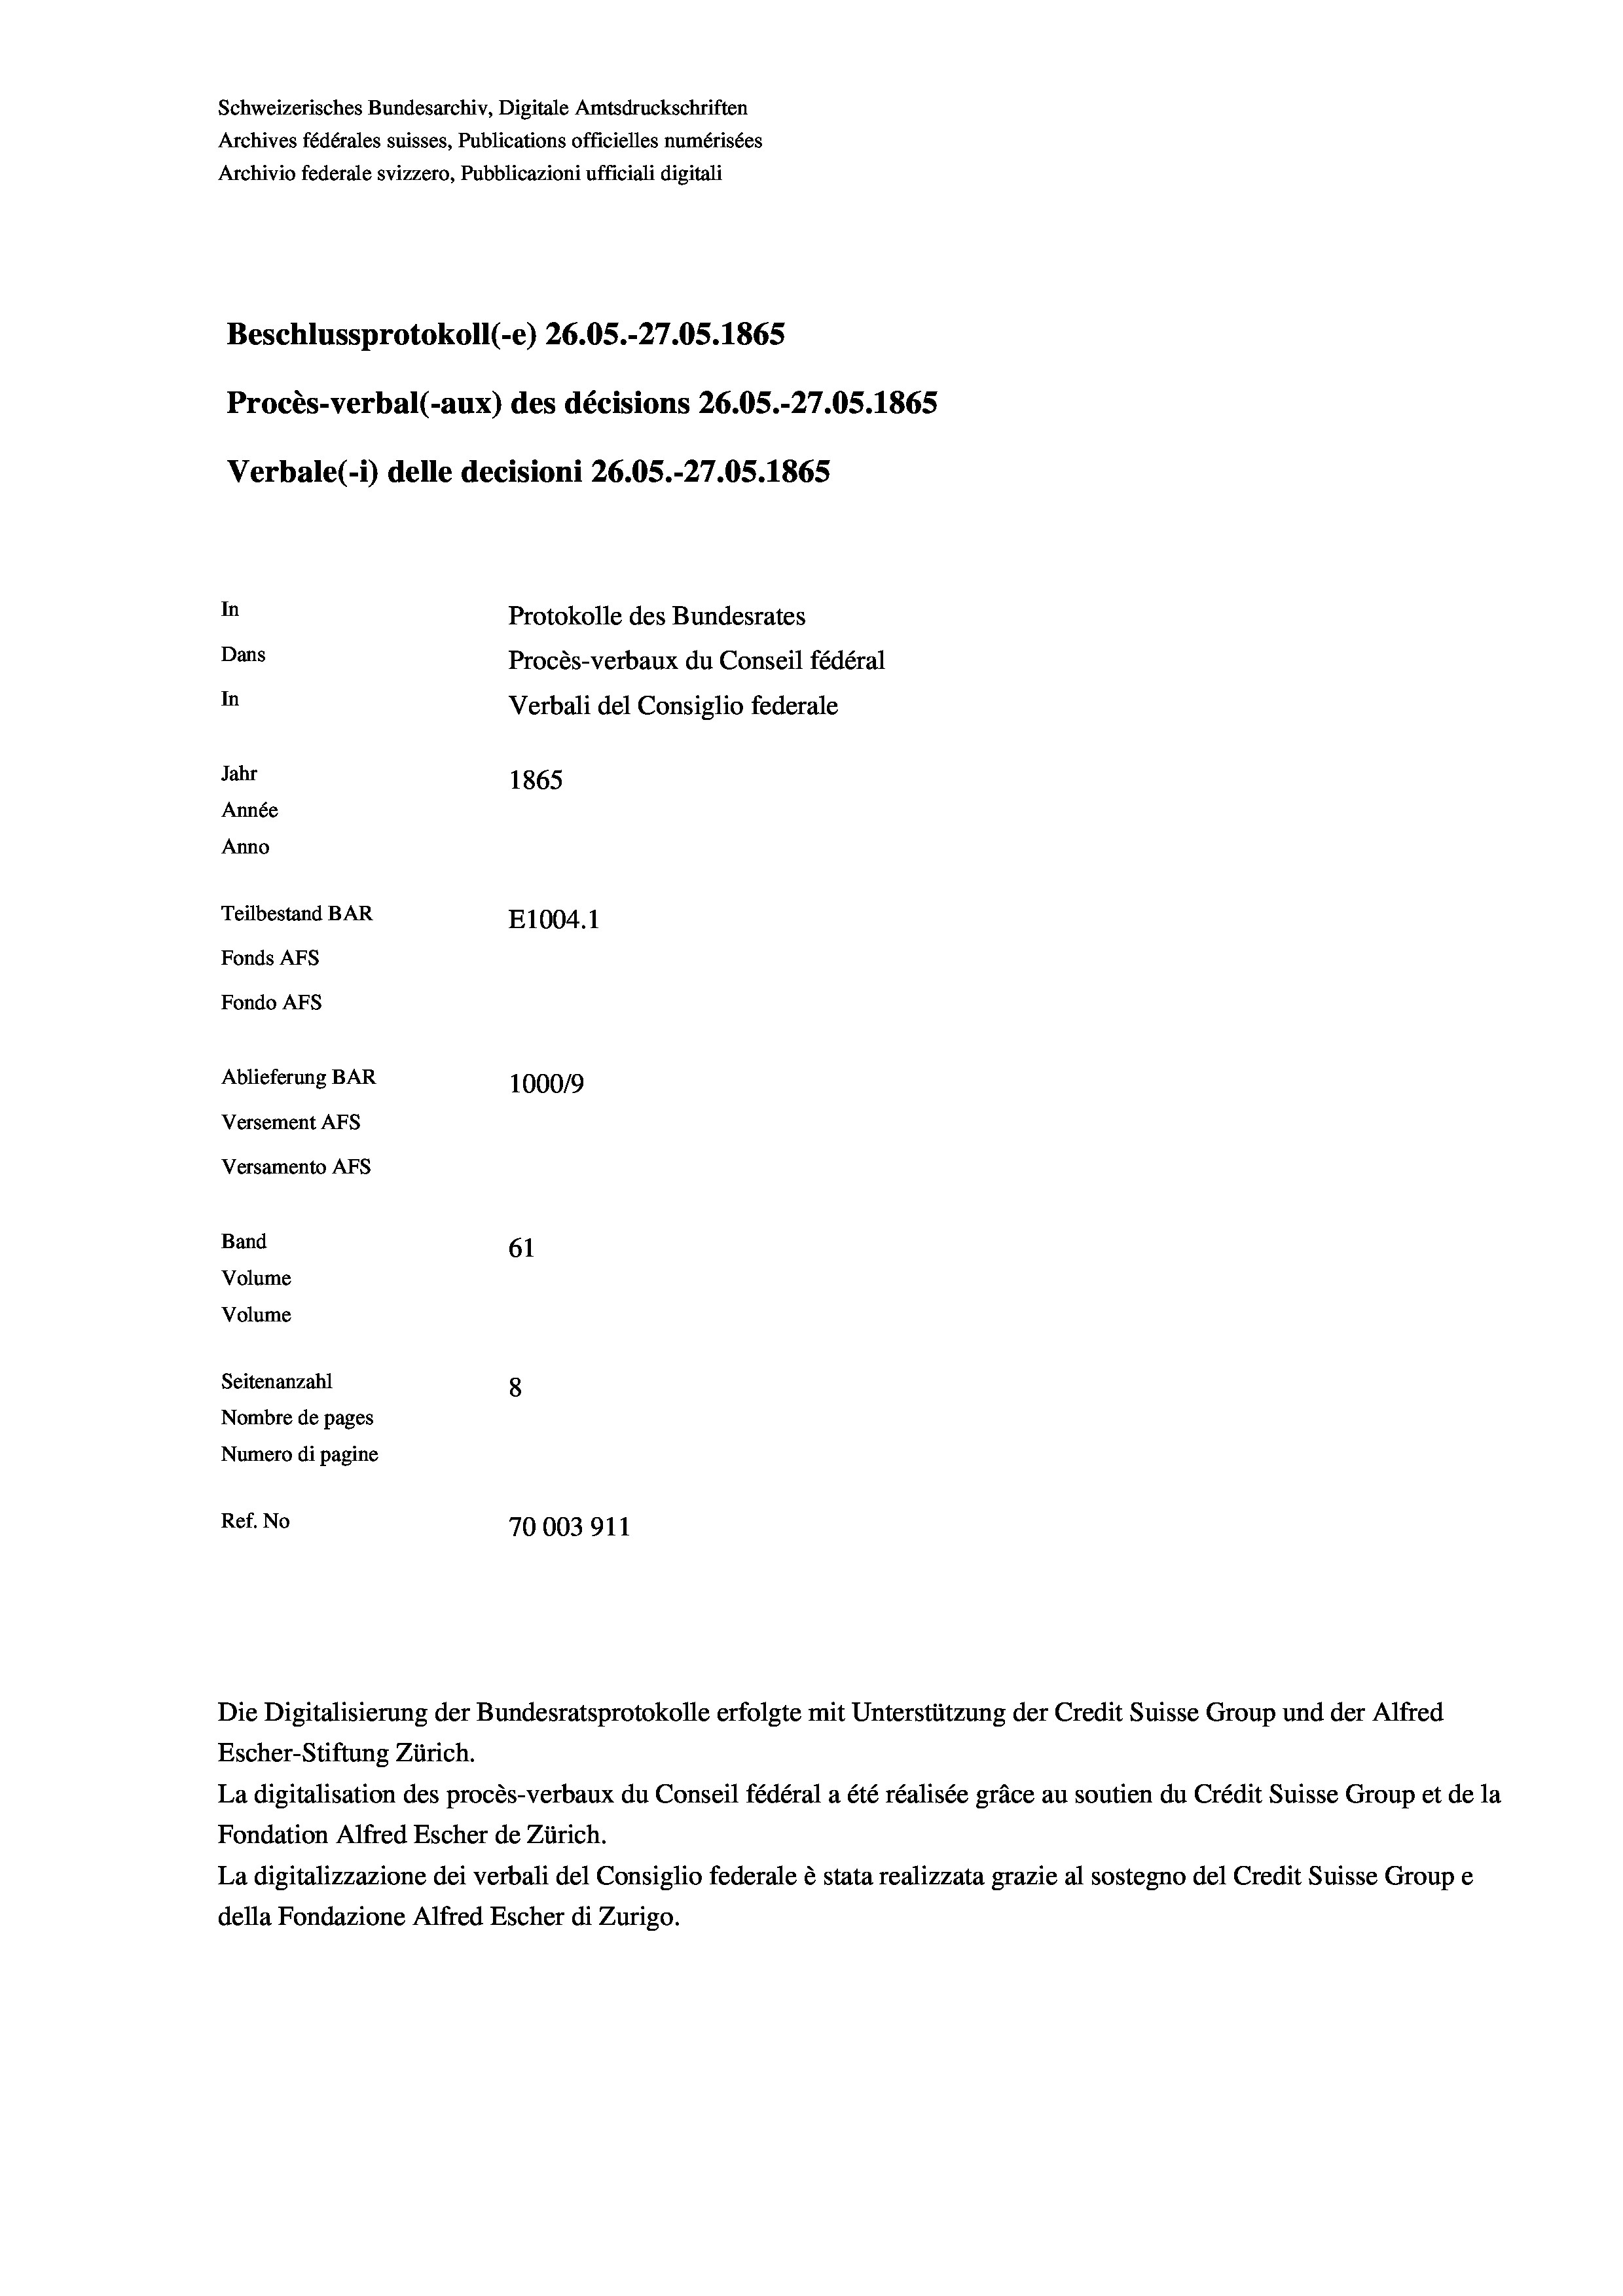
Schweizerisches Bundesarchiv, Digitale Amtsdruckschriften
Archives fédérales suisses, Publications officielles numérisées
Archivio federale svizzero, Pubblicazioni ufficiali digitali
Beschlussprotokoll (-e) 26.05.-27.05. 1865
Procès-verbal (-aux) des décisions 26.05.-27.05. 1865
Verbale (- 1) delle decisioni 26.05.-27.05. 1865
In
Protokolle des Bundesrates
Dans
Procès-verbaux du Conseil fédéral
In
Verbali del Consiglio federale
Jahr
1865
Année
Anno
Teilbestand BAR
E1004. 1
Fonds AFs
Fondo AFS
Ablieferung BAR
100019
Versement AFs
Versamento AFs
Band
61
Volume
Volume

Seitenanzahl
8
Nombre de pages
Numero di pagine
Ref. No
70003911

Escher-Stiftung Zürich.
La digitalisation des procès-verbaux du Conseil fédéral a été réalisée gräce au soutien du Crédit Suisse Group et de la
Fondation Alfred Escher de Zürich.
La digitalizzazione dei verbali del Consiglio federale è stata realizzata grazie al sostegno del Credit Suisse Groupe
della Fondazione Alfred Escher di Zurigo.

Die Digitalisierung der Bundesratsprotokolle erfolgte mit Unterstützung der Credit Suisse Group und der Alfred